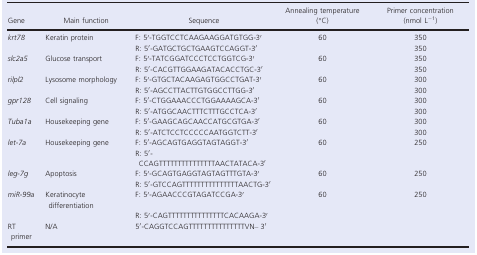
| Gene | Main function | Sequence | Annealing temperature (°C) | Primer concentration (nmol L−1) |
 | --- | --- | --- | --- | --- |
 | krt78 | Keratin protein | F: 5′‐TGGTCCTCAAGAAGGATGTGG‐3′ | 60 | 350 |
 |  |  | R: 5′‐GATGCTGCTGAAGTCCAGGT‐3′ |  | 350 |
 | slc2a5 | Glucose transport | F: 5′‐TATCGGATCCCTCCTGGTCG‐3′ | 60 | 350 |
 |  |  | R: 5′‐CACGTTGGAAGATACACCTGC‐3′ |  | 350 |
 | rilpl2 | Lysosome morphology | F: 5′‐GTGCTACAAGAGTGGCCTGAT‐3′ | 60 | 300 |
 |  |  | R: 5′‐AGCCTTACTTGTGGCCTTGG‐3′ |  | 300 |
 | gpr128 | Cell signaling | F: 5′‐CTGGAAACCCTGGAAAAGCA‐3′ | 60 | 300 |
 |  |  | R: 5′‐ATGGCAACTTTCTTTGCCTCA‐3′ |  | 300 |
 | Tuba1a | Housekeeping gene | F: 5′‐GAAGCAGCAACCATGCGTGA‐3′ | 60 | 300 |
 |  |  | R: 5′‐ATCTCCTCCCCCAATGGTCTT‐3′ |  | 300 |
 | let‐7a | Housekeeping gene | F: 5′‐AGCAGTGAGGTAGTAGGT‐3′ | 60 | 250 |
 |  |  | R: 5′‐ CCAGTTTTTTTTTTTTTTTAACTATACA‐3′ |  |  |
 | leg‐7g | Apoptosis | F: 5′‐GCAGTGAGGTAGTAGTTTGTA‐3′ | 60 | 250 |
 |  |  | R: 5′‐GTCCAGTTTTTTTTTTTTTTTAACTG‐3′ |  |  |
 | miR‐99a | Keratinocyte differentiation | F: 5′‐AGAACCCGTAGATCCGA‐3′ | 60 | 250 |
 |  |  | R: 5′‐CAGTTTTTTTTTTTTTTTCACAAGA‐3′ |  |  |
 | RT primer | N/A | 5′‐CAGGTCCAGTTTTTTTTTTTTTTTVN– 3′ |  |  |